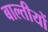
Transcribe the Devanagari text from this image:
बाल्तीयों